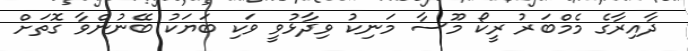
ދާއިރާގެ މެމްބަރު ރީކޯ މޫސާ މަނިކު ވިދާޅުވީ ވަކި ބަޔަކު ބޭނުންވާ ގޮތަށް